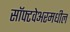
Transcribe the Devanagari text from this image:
सॉफ्टवेअरमधील